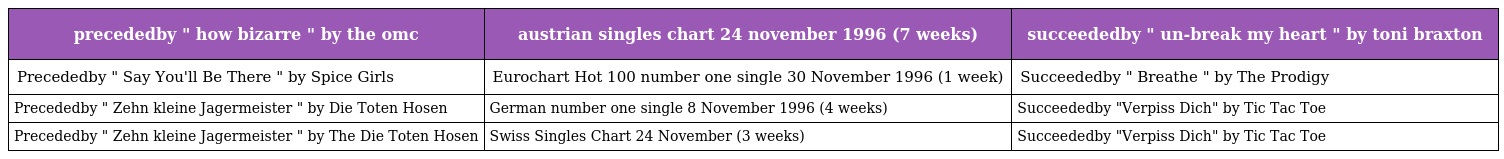
| precededby " how bizarre " by the omc | austrian singles chart 24 november 1996 (7 weeks) | succeededby " un-break my heart " by toni braxton |
 | --- | --- | --- |
 | Precededby " Say You'll Be There " by Spice Girls | Eurochart Hot 100 number one single 30 November 1996 (1 week) | Succeededby " Breathe " by The Prodigy |
 | Precededby " Zehn kleine Jagermeister " by Die Toten Hosen | German number one single 8 November 1996 (4 weeks) | Succeededby "Verpiss Dich" by Tic Tac Toe |
 | Precededby " Zehn kleine Jagermeister " by The Die Toten Hosen | Swiss Singles Chart 24 November (3 weeks) | Succeededby "Verpiss Dich" by Tic Tac Toe |